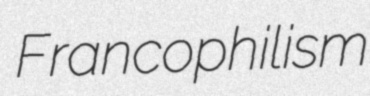
Francophilism